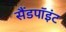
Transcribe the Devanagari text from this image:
सैंडपॉइंट